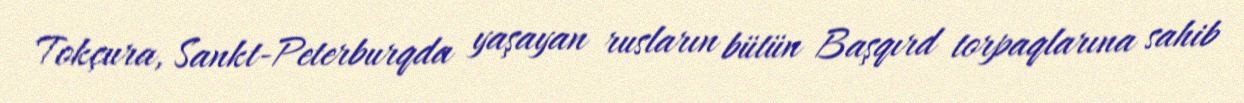
Tokçura, Sankt-Peterburqda yaşayan rusların bütün Başqırd torpaqlarına sahib